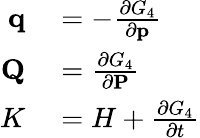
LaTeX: \begin{array}{rl}{\mathbf{q}}&{{}=-{\frac{\partial G_{4}}{\partial\mathbf{p}}}}\\ {\mathbf{Q}}&{{}={\frac{\partial G_{4}}{\partial\mathbf{P}}}}\\ {K}&{{}=H+{\frac{\partial G_{4}}{\partial t}}}\end{array}